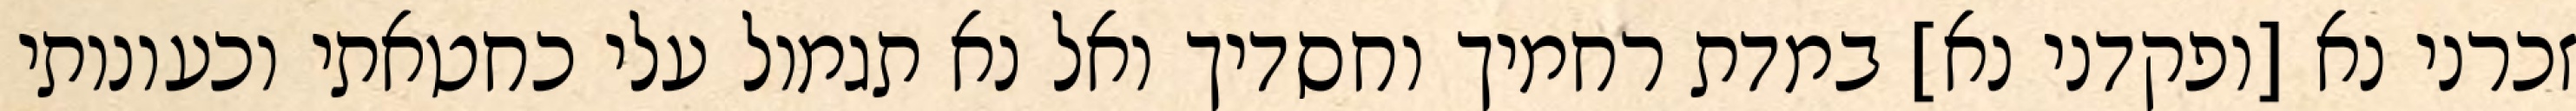
זכרני נא [ופקדני נא] במדת רחמיך וחסדיך ואל נא תגמול עלי כחטאתי וכעונותי